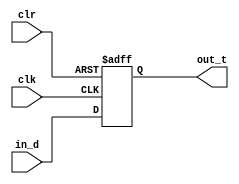
module a_reset(clk,clr,in_d,out_t);
	input clk;
	input clr;
	input in_d;
	output reg out_t;
	
	always @(posedge clk or posedge clr)
		if(clr)
			out_t <= 0;
		else
			out_t <= in_d;
	
endmodule